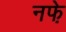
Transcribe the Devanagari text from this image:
नफे़